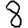
Digit: 8